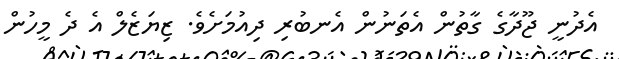
އެދުނީ ޖޫދާގެ ގާތުން އެތަނުން އެނބުރި ދިއުމަށެވެ. ޒިޔަޒެލް އެ ދެ މީހުން